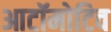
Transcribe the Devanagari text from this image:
आटॉमोटिव